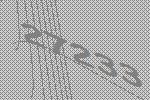
27233